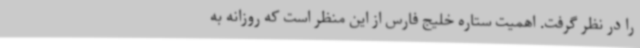
را در نظر گرفت. اهمیت ستاره خلیج فارس از این منظر است که روزانه به